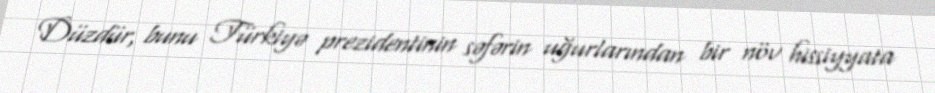
Düzdür, bunu Türkiyə prezidentinin səfərin uğurlarından bir növ hissiyyata